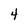
Character: 4